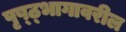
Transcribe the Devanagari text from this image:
पृष्ठ्भागावरील